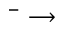
^ { - } \longrightarrow